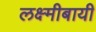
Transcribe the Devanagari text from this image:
लक्ष्मीबायी